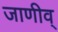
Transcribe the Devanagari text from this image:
जाणीव्